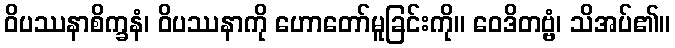
ဝိပဿနာစိက္ခနံ၊ ဝိပဿနာကို ဟောတော်မူခြင်းကို။ ဝေဒိတဗ္ဗံ၊ သိအပ်၏။